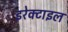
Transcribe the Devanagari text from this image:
इरेक्टाइल